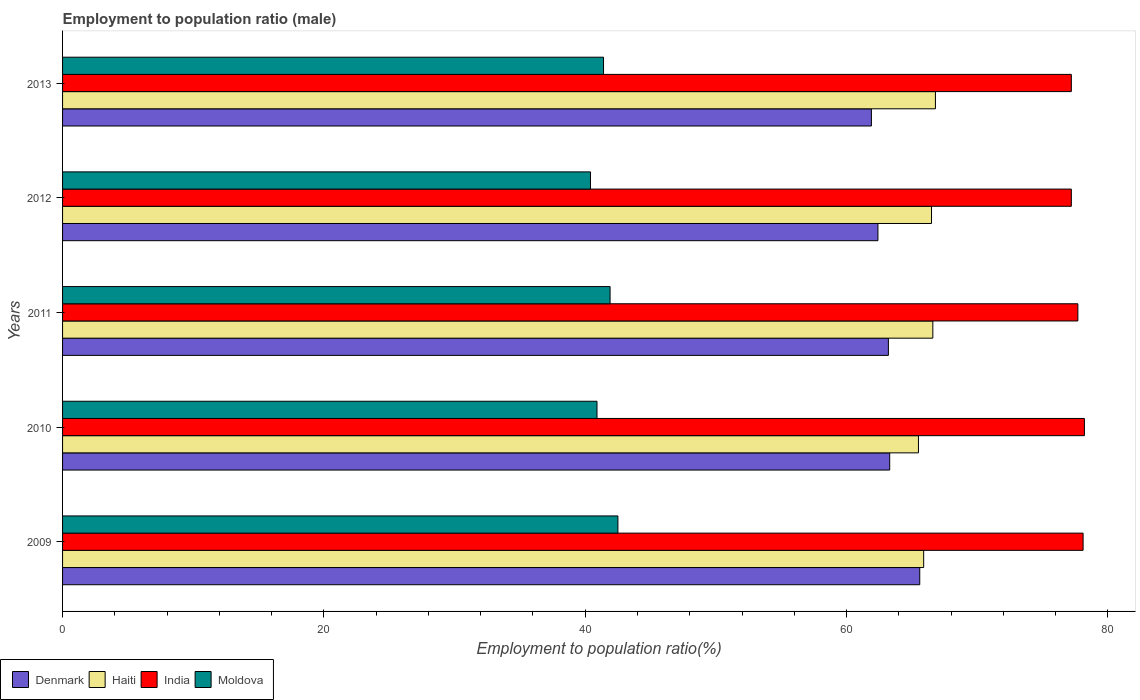
| Years | Denmark | Haiti | India | Moldova |
 | --- | --- | --- | --- | --- |
 | 2009 | 65.6 | 65.9 | 78.1 | 42.5 |
 | 2010 | 63.3 | 65.5 | 78.2 | 40.9 |
 | 2011 | 63.2 | 66.6 | 77.7 | 41.9 |
 | 2012 | 62.4 | 66.5 | 77.2 | 40.4 |
 | 2013 | 61.9 | 66.8 | 77.2 | 41.4 |